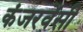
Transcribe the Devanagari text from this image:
कंजरवेंसी